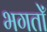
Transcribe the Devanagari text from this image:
भगतोँ